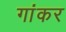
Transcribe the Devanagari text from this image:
गांकर